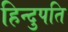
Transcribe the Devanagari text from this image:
हिन्दुपति